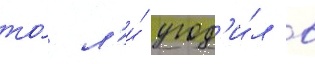
то́ л'и́ угод'и́л в